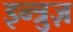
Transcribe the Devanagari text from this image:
इन्त्रुज़